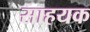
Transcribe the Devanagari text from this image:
साहयक